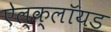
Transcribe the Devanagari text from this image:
ऐल्क्लॉयड